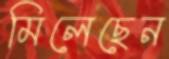
মিলেছেন